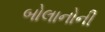
બોલાનોની